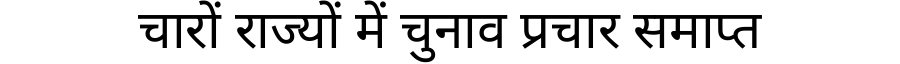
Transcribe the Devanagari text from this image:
चारों राज्यों में चुनाव प्रचार समाप्त